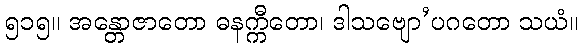
၅၁၅။ အန္တောဇာတော ဓနက္ကီတော၊ ဒါသဗျော’ပဂတော သယံ။